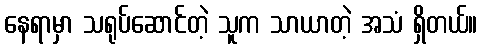
နေရာမှာ သရုပ်ဆောင်တဲ့ သူက သာယာတဲ့ အသံ ရှိတယ်။